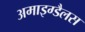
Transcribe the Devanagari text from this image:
अमाइग्डैलस